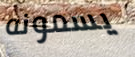
يسمونه